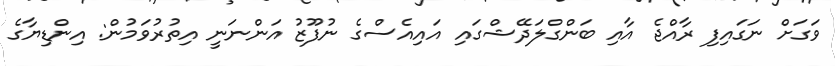
ވަގަށް ނަގައިފި ރާއްޖެ އާއި ބަންގްލަދޭޝްގައި އައިއެސްގެ ނުފޫޒު އަންނަނީ އިތުރުވަމުން: އިންޑިޔާގެ